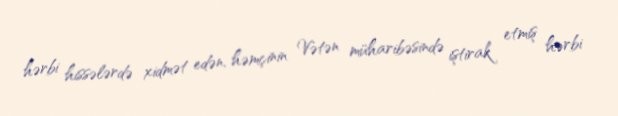
hərbi hissələrdə xidmət edən, həmçinin Vətən müharibəsində iştirak etmiş hərbi